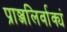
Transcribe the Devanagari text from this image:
प्राञ्जलिर्वाक्यं